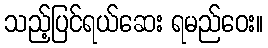
သည့်ပြင်ရယ်ဆေး ရမည်ဝေး။